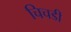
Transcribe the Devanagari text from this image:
चिचडी